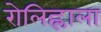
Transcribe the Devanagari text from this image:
रोलिह्लाला